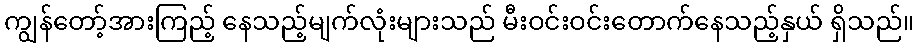
ကျွန်တော့်အားကြည့် နေသည့်မျက်လုံးများသည် မီးဝင်းဝင်းတောက်နေသည့်နှယ် ရှိသည်။